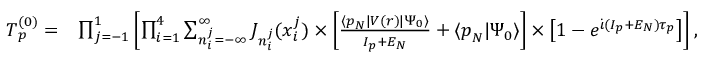
\begin{array} { r l } { T _ { \boldsymbol { p } } ^ { ( 0 ) } = } & { \prod _ { \substack { j = - 1 } } ^ { 1 } \left[ \prod _ { \substack { i = 1 } } ^ { 4 } \sum _ { n _ { i } ^ { j } = - \infty } ^ { \infty } J _ { n _ { i } ^ { j } } ( x _ { i } ^ { j } ) \times \left[ \frac { \langle \boldsymbol { p } _ { N } | V ( \boldsymbol { r } ) | \Psi _ { 0 } \rangle } { I _ { p } + E _ { N } } + \langle \boldsymbol { p } _ { N } | \Psi _ { 0 } \rangle \right] \times \left[ 1 - e ^ { \dot { \iota } ( I _ { p } + E _ { N } ) \tau _ { p } } \right] \right] , } \end{array}